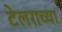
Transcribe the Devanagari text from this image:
टेलराच्या